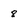
Character: 8